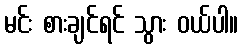
မင်း စားချင်ရင် သွား ဝယ်ပါ။